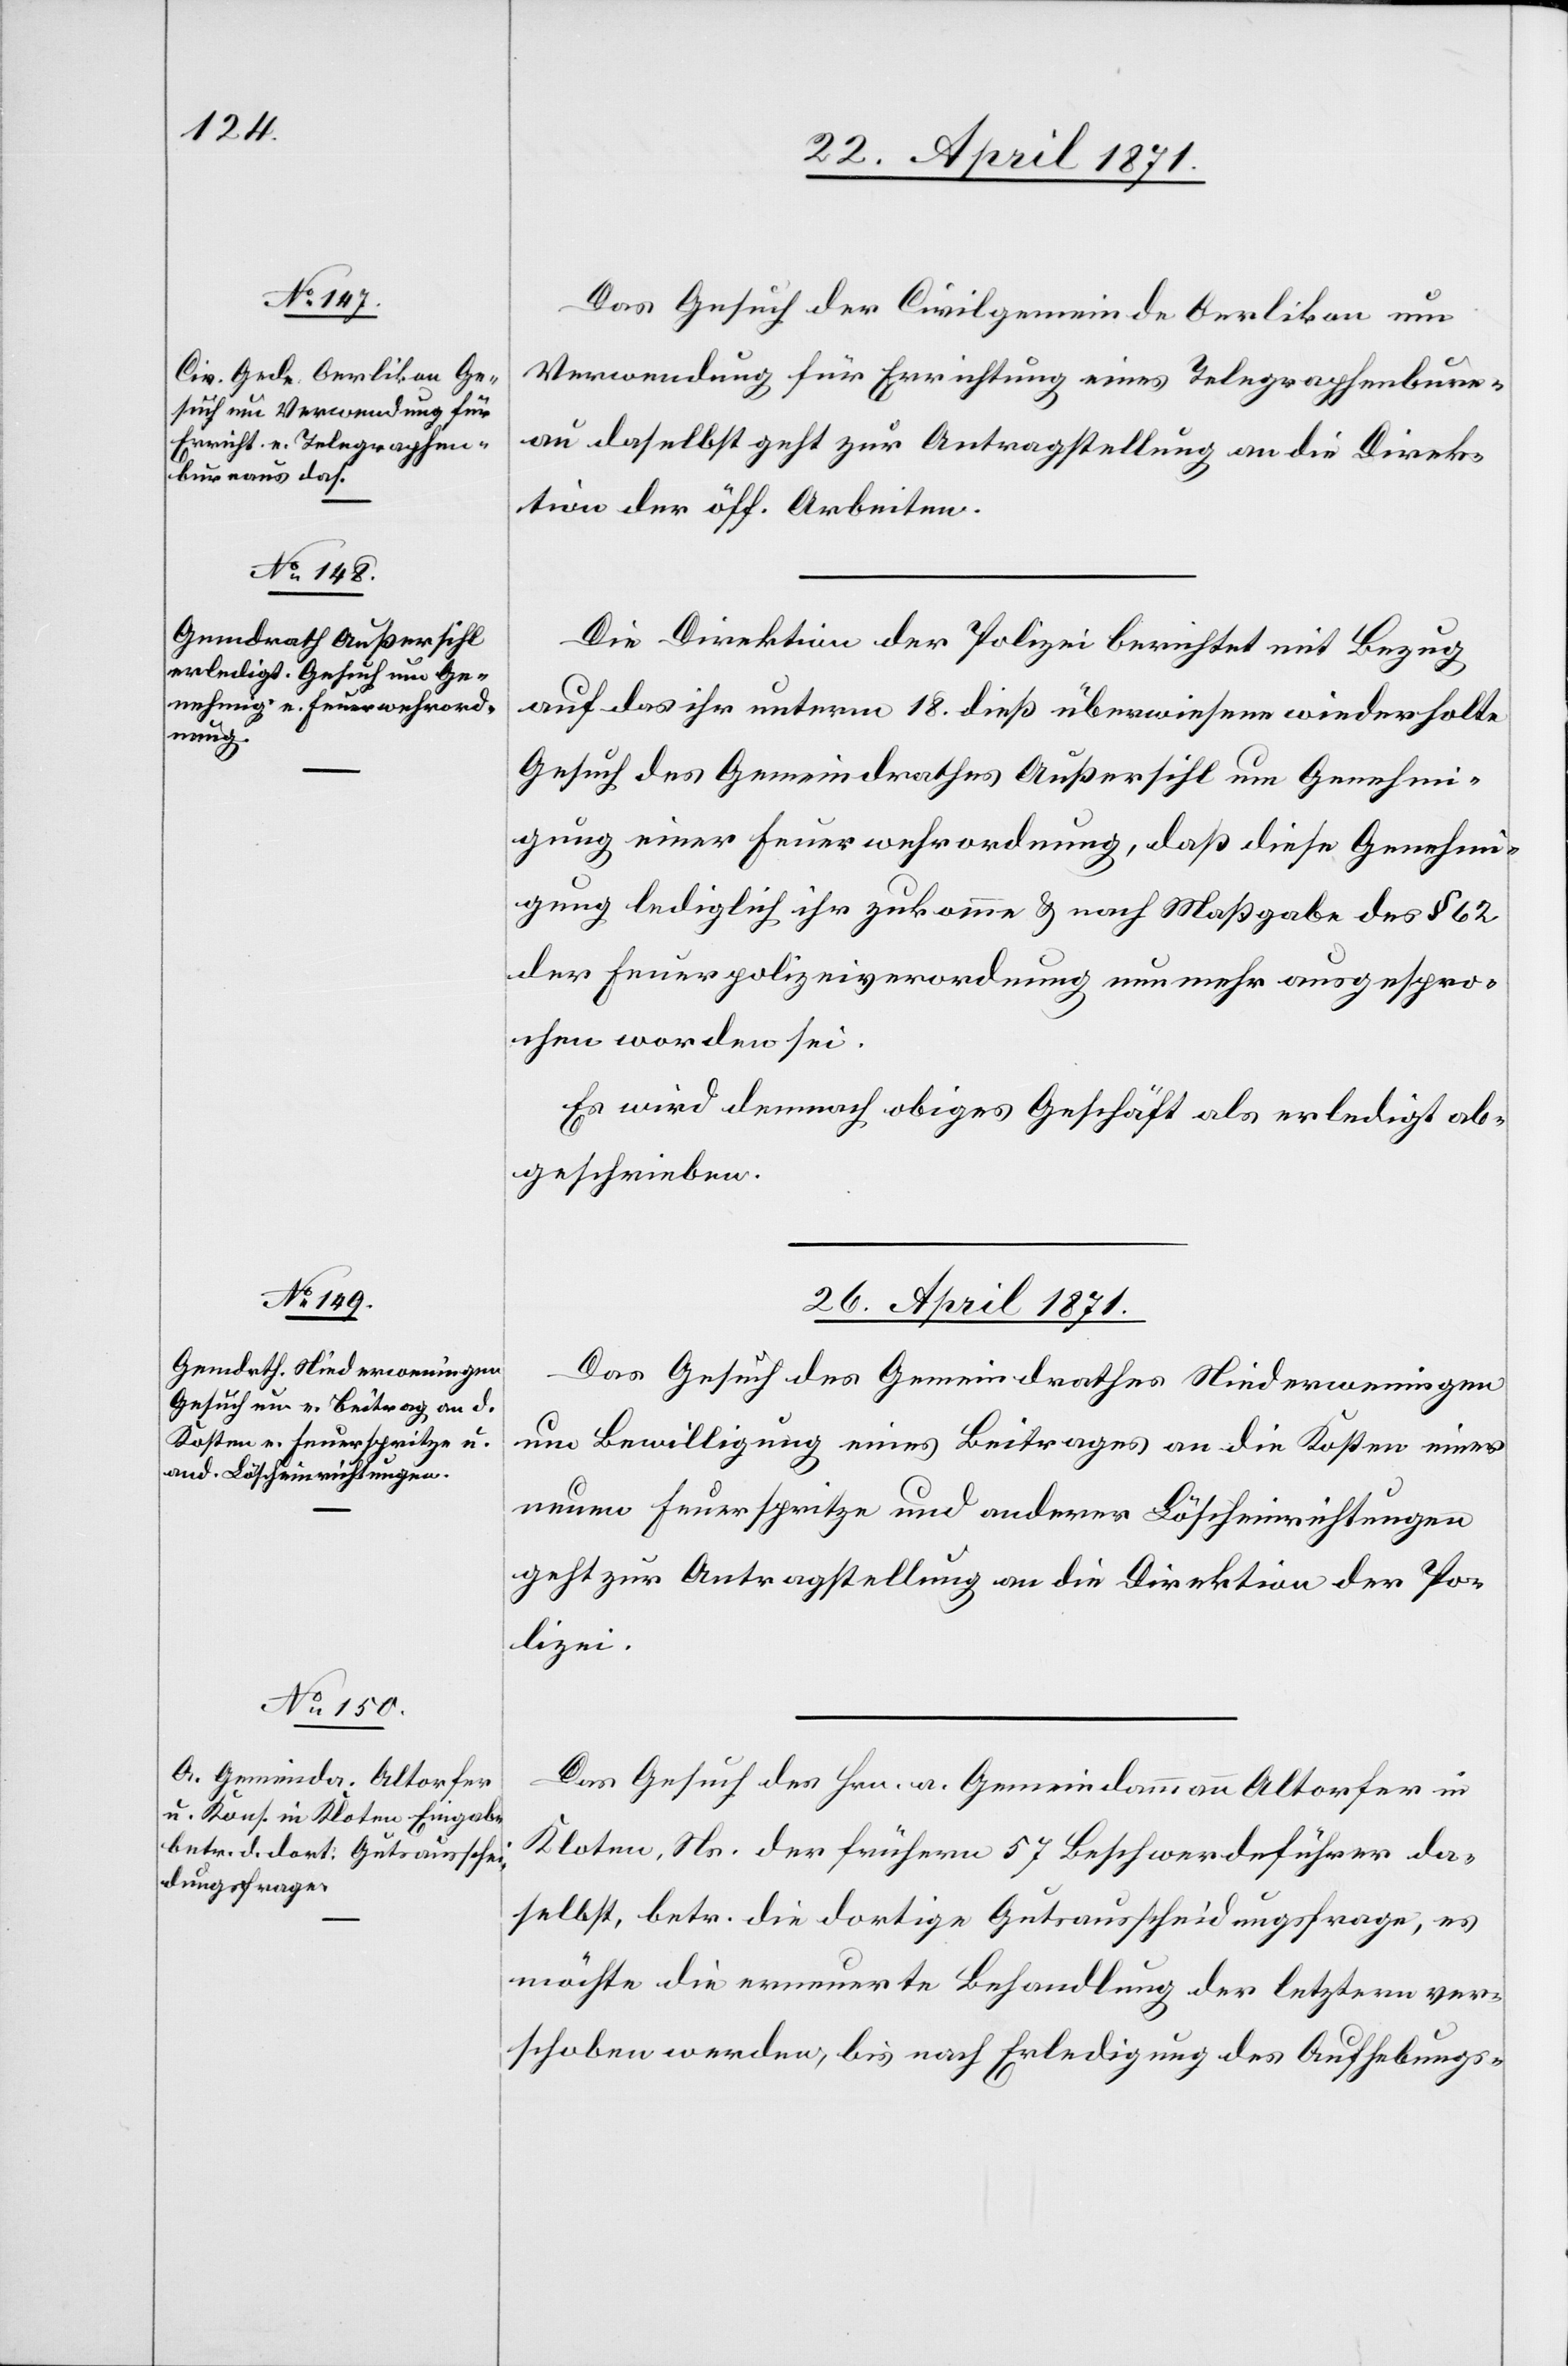
22. April 1871.]
Das Gesuch der Civilgemeinde Oerlikon um
Verwendung für Errichtung eines Telegraphenbure¬
au daselbst geht zur Antragstellung an die Direk¬
tion der öff. Arbeiten.
Die Direktion der Polizei berichtet mit Bezug
auf das ihr unterm 18. dieß überwiesene wiederholte
Gesuch des Gemeindrathes Außersihl um Genehmi¬
gung einer Feuerwehrordnung, daß diese Genehmi¬
gung lediglich ihr zukomme u. nach Maßgabe des § 62
der Feuerpolizeiverordnung nunmehr ausgespro¬
chen worden sei.
Es wird demnach obiges Geschäft als erledigt ab¬
geschrieben.
26. April 1871.]
Das Gesuch des Gemeindrathes Niederweningen
um Bewilligung eines Beitrages an die Kosten einer
neuen Feuerspritze und anderer Löscheinrichtungen
geht zur Antragstellung an die Direktion der Po¬
lizei.
Das Gesuch des Hrn. a. Gemeindammann Altorfer in
Kloten, Ns. der frühern 57 Beschwerdeführer da¬
selbst, betr. die dortige Gutsausscheidungsfrage, es
möchte die erneuerte Behandlung der letztern ver¬
schoben werden, bis nach Erledigung des Aufhebungs-